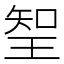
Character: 𭹖